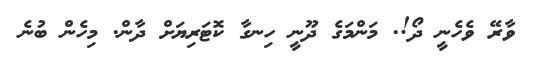
ވާރޭ ވެހެނީ ދޯ!. މަންމަގެ ދޫނީ ހިނގާ ކޮޓަރިޔަށް ދާން. މިހެން ބުނެ